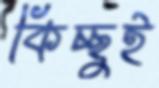
কিচ্ছুই